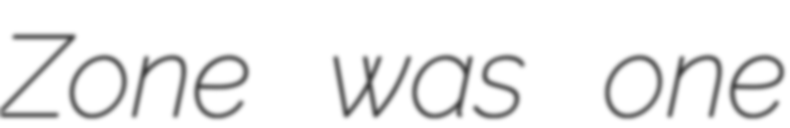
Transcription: Zone was one